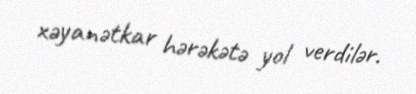
xəyanətkar hərəkətə yol verdilər.